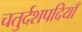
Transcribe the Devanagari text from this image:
चतुर्दशपदियाँ